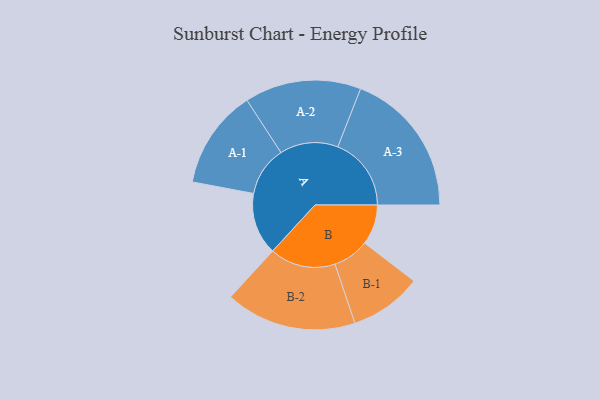
{"axis": {"x": "Segment", "y": "Value"}, "legend": ["", "A", "B"], "data": [{"x": "A", "y": 237, "type": ""}, {"x": "B", "y": 153, "type": ""}, {"x": "A-1", "y": 189, "type": "A"}, {"x": "A-2", "y": 222, "type": "A"}, {"x": "A-3", "y": 280, "type": "A"}, {"x": "B-1", "y": 138, "type": "B"}, {"x": "B-2", "y": 250, "type": "B"}]}